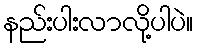
နည်းပါးလာလို့ပါပဲ။